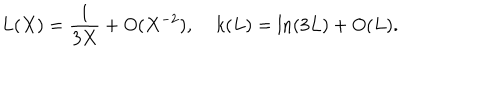
L ( X ) = { \frac { 1 } { 3 X } } + O ( X ^ { - 2 } ) , \; k ( L ) = \ln ( 3 L ) + O ( L ) .